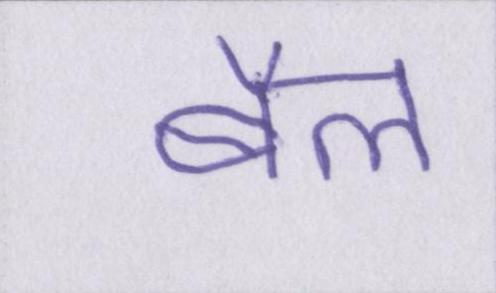
बैल